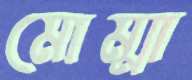
মোম্মা